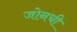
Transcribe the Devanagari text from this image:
जोनची